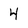
Character: 4